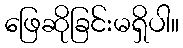
ဖြေဆိုခြင်းမရှိပါ။